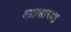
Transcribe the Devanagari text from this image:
कालाच्या